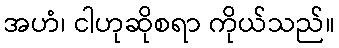
အဟံ၊ ငါဟုဆိုစရာ ကိုယ်သည်။